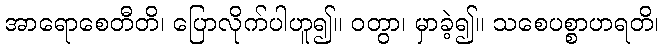
အာရောစေတီတိ၊ ပြောလိုက်ပါဟူ၍။ ဝတွာ၊ မှာခဲ့၍။ သစေပစ္စာဟရတိ၊